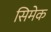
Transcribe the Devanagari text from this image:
सिमेक